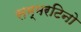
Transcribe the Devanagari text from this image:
सम्मरटिनो